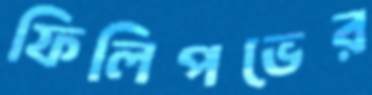
ফিলিপভের